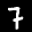
Label: 7